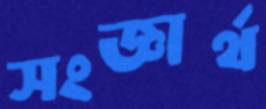
সংজ্ঞার্থ